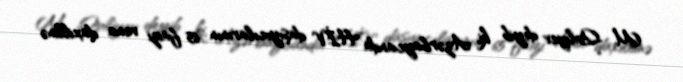
M. Quliyev deyib ki, Azərbaycanda HİV daşıyıcılarının 65 faizi vena daxillinə